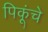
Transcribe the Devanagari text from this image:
पिकूंचे